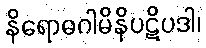
နိရောဓဂါမိနိပဋိပဒါ၊